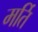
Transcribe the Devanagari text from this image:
मर्ति